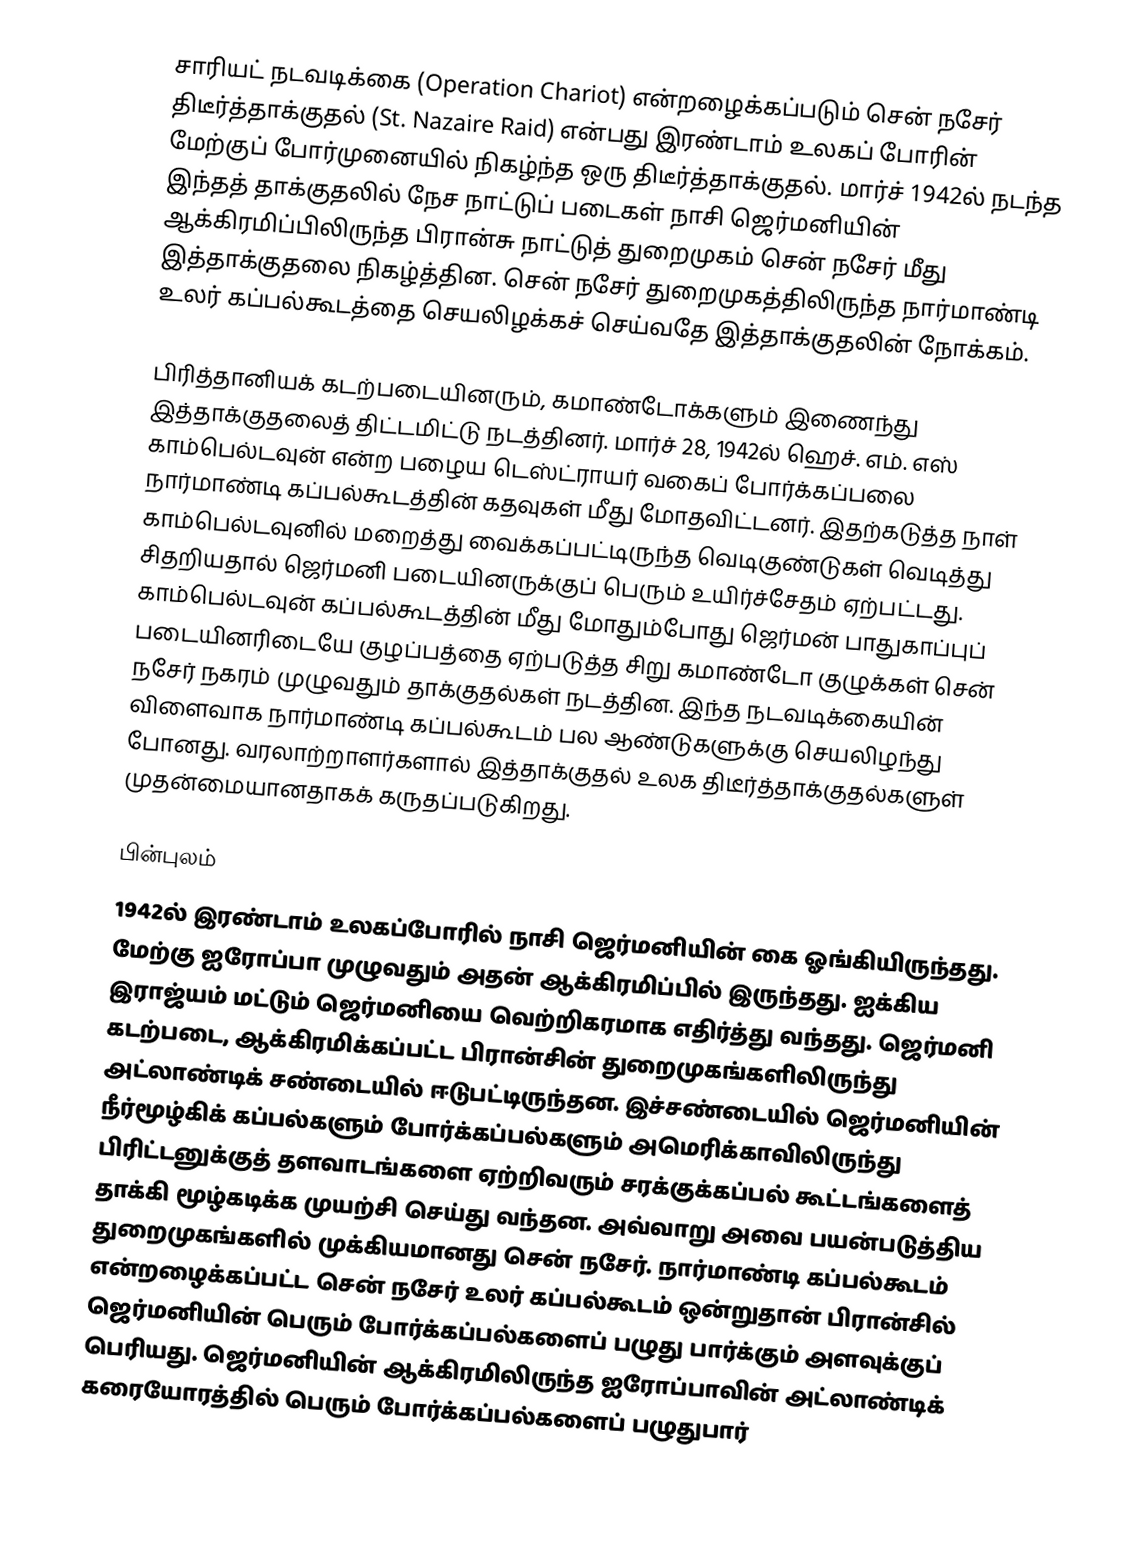
சாரியட் நடவடிக்கை (Operation Chariot) என்றழைக்கப்படும் சென் நசேர் திடீர்த்தாக்குதல் (St. Nazaire Raid) என்பது இரண்டாம் உலகப் போரின் மேற்குப் போர்முனையில் நிகழ்ந்த ஒரு திடீர்த்தாக்குதல். மார்ச் 1942ல் நடந்த இந்தத் தாக்குதலில் நேச நாட்டுப் படைகள் நாசி ஜெர்மனியின் ஆக்கிரமிப்பிலிருந்த பிரான்சு நாட்டுத் துறைமுகம் சென் நசேர் மீது இத்தாக்குதலை நிகழ்த்தின. சென் நசேர் துறைமுகத்திலிருந்த நார்மாண்டி உலர் கப்பல்கூடத்தை செயலிழக்கச் செய்வதே இத்தாக்குதலின் நோக்கம்.

பிரித்தானியக் கடற்படையினரும், கமாண்டோக்களும் இணைந்து இத்தாக்குதலைத் திட்டமிட்டு நடத்தினர். மார்ச் 28, 1942ல் ஹெச். எம். எஸ் காம்பெல்டவுன் என்ற பழைய டெஸ்ட்ராயர் வகைப் போர்க்கப்பலை நார்மாண்டி கப்பல்கூடத்தின் கதவுகள் மீது மோதவிட்டனர். இதற்கடுத்த நாள் காம்பெல்டவுனில் மறைத்து வைக்கப்பட்டிருந்த வெடிகுண்டுகள் வெடித்து சிதறியதால் ஜெர்மனி படையினருக்குப் பெரும் உயிர்ச்சேதம் ஏற்பட்டது. காம்பெல்டவுன் கப்பல்கூடத்தின் மீது மோதும்போது ஜெர்மன் பாதுகாப்புப் படையினரிடையே குழப்பத்தை ஏற்படுத்த சிறு கமாண்டோ குழுக்கள் சென் நசேர் நகரம் முழுவதும் தாக்குதல்கள் நடத்தின. இந்த நடவடிக்கையின் விளைவாக நார்மாண்டி கப்பல்கூடம் பல ஆண்டுகளுக்கு செயலிழந்து போனது. வரலாற்றாளர்களால் இத்தாக்குதல் உலக திடீர்த்தாக்குதல்களுள் முதன்மையானதாகக் கருதப்படுகிறது.

பின்புலம்
1942ல் இரண்டாம் உலகப்போரில் நாசி ஜெர்மனியின் கை ஓங்கியிருந்தது. மேற்கு ஐரோப்பா முழுவதும் அதன் ஆக்கிரமிப்பில் இருந்தது. ஐக்கிய இராஜ்யம் மட்டும் ஜெர்மனியை வெற்றிகரமாக எதிர்த்து வந்தது. ஜெர்மனி கடற்படை, ஆக்கிரமிக்கப்பட்ட பிரான்சின் துறைமுகங்களிலிருந்து அட்லாண்டிக் சண்டையில் ஈடுபட்டிருந்தன. இச்சண்டையில் ஜெர்மனியின் நீர்மூழ்கிக் கப்பல்களும் போர்க்கப்பல்களும் அமெரிக்காவிலிருந்து பிரிட்டனுக்குத் தளவாடங்களை ஏற்றிவரும் சரக்குக்கப்பல் கூட்டங்களைத் தாக்கி மூழ்கடிக்க முயற்சி செய்து வந்தன. அவ்வாறு அவை பயன்படுத்திய துறைமுகங்களில் முக்கியமானது சென் நசேர். நார்மாண்டி கப்பல்கூடம் என்றழைக்கப்பட்ட சென்  நசேர் உலர் கப்பல்கூடம் ஒன்றுதான் பிரான்சில் ஜெர்மனியின் பெரும் போர்க்கப்பல்களைப் பழுது பார்க்கும் அளவுக்குப் பெரியது. ஜெர்மனியின் ஆக்கிரமிலிருந்த ஐரோப்பாவின் அட்லாண்டிக் கரையோரத்தில் பெரும் போர்க்கப்பல்களைப் பழுதுபார்